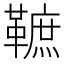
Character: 䩾